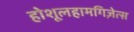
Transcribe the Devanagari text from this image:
होशूलहामगिज़ेत्स